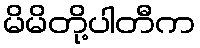
မိမိတို့ပါတီက